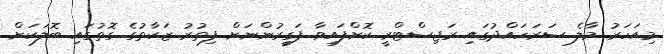
މިއަހަރު މާލެ ސަރަހައްދުގައި ރަޖިސްޓްރީ ކޮށްފައިވާ ފަގީރުންނަށް ފިތުރު ޒަކާތުގެ ގޮތުގައި ބޮލަކަށް